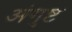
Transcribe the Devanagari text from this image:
अंगुष्ट